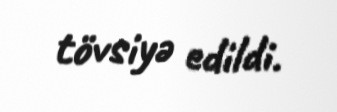
tövsiyə edildi.